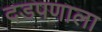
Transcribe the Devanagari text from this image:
दडपणाला